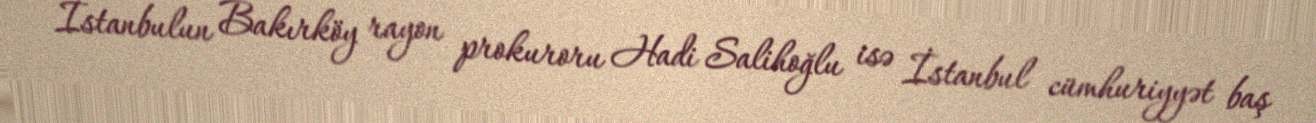
İstanbulun Bakırköy rayon prokuroru Hadi Salihoğlu isə İstanbul cümhuriyyət baş